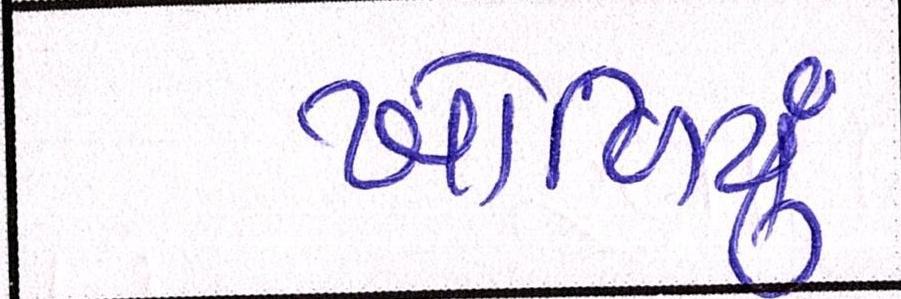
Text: ખોળિયું